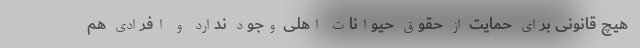
هیچ قانونی برای حمایت از حقوق حیوانات اهلی وجود ندارد و افرادی هم